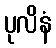
ပုလိနံ